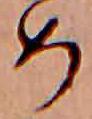
め